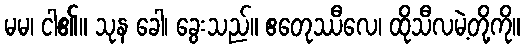
မမ၊ ငါ၏။ သုန ခေါ၊ ခွေးသည်။ ဧတေုဿီလေ၊ ထိုသီလမဲ့တို့ကို။